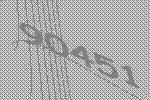
90451